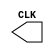
`timescale 1ns / 1ps
//////////////////////////////////////////////////////////////////////////////////
// Company: 
// Engineer: 
// 
// Design Name: 
// Module Name:    Clock 
// Project Name: 
// Target Devices: 
// Tool versions: 
// Description: 
//
// Dependencies: 
//
// Revision: 
// Revision 0.01 - File Created
// Additional Comments: 
//
//////////////////////////////////////////////////////////////////////////////////
module Clock(
    output reg CLK = 0
    );

always begin
#50;
CLK <= ~CLK;

end

endmodule